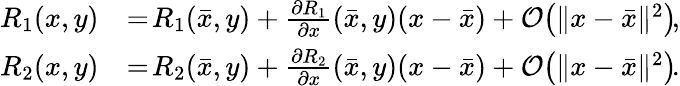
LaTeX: \begin{array}{r}{\begin{array}{rl}{R_{1}(x,y)}&{=\! R_{1}(\bar{x},y)+\frac{\partial R_{1}}{\partial x}(\bar{x},y)(x-\bar{x})+\mathcal{O}\! \left(\Vert x-\bar{x}\Vert^{2}\right)\! ,}\\ {R_{2}(x,y)}&{=\! R_{2}(\bar{x},y)+\frac{\partial R_{2}}{\partial x}(\bar{x},y)(x-\bar{x})+\mathcal{O}\! \left(\Vert x-\bar{x}\Vert^{2}\right)\! .}\end{array}}\end{array}